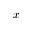
x